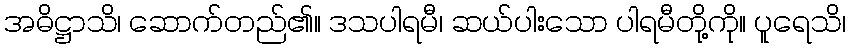
အဓိဋ္ဌာသိ၊ ဆောက်တည်၏။ ဒသပါရမီ၊ ဆယ်ပါးသော ပါရမီတို့ကို။ ပူရေသိ၊